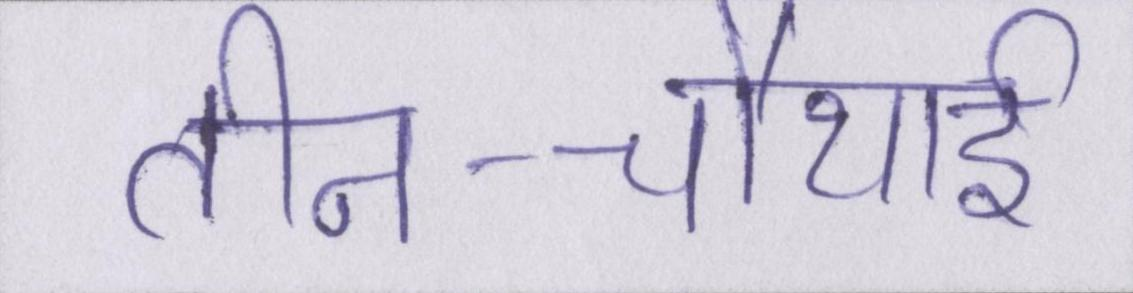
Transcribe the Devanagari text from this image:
तीन-चौथाई